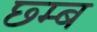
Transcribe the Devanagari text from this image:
छ्म्ब